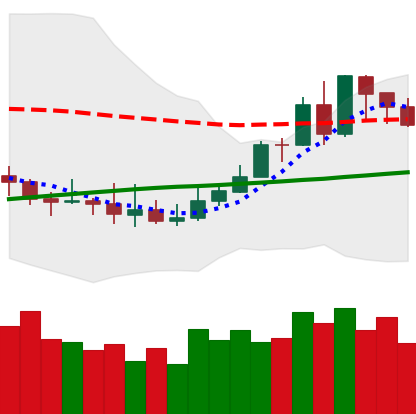
Ticker: XMR-USD
Chart end date: 2019-08-10
Forward return: -9.196%
Label: down_7plus